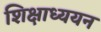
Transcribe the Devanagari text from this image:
शिक्षाध्ययन